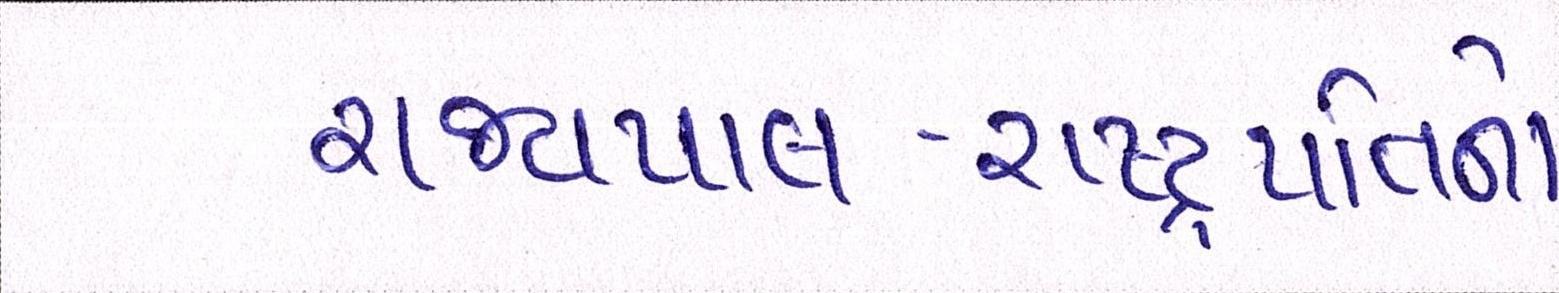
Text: રાજ્યપાલ-રાષ્ટ્રપતિનો